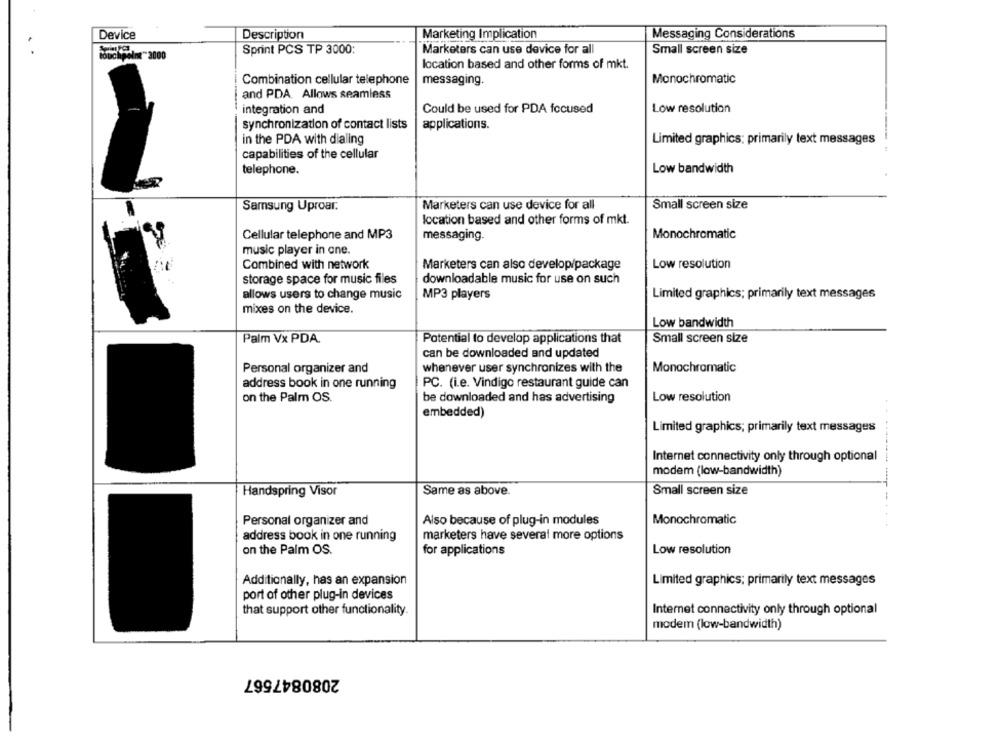
Device
Description
Marketing Implication
Messaging Considerations
Sprint PCS TP 3000:
Marketers can use device for all
Small screen size
ochpoint" 3000
location based and other forms of mkt.
Combination cellular telephone
messaging.
Monochromatic
and PDA. Allows seamless
integration and
Could be used for PDA focused
Low resolution
synchronization of contact lists
applications.
in the PDA with dialing
Limited graphics: primarily text messages
capabilities of the cellular
telephone.
Low bandwidth
Samsung Uproar.
Marketers can use device for all
Small screen size
location based and other forms of mkt.
Cellular telephone and MP3
messaging.
Monochromatic
music player in ane.
Combined with network
Marketers can also develop/package
Low resolution
storage space for music files
downloadable music for use on such
allows users to change music
MP3 players
Limited graphics; primarily text messages
mixes on the device.
Low bandwidth
Palm Vx PDA.
Potential to develop applications that
Small screen size
can be downloaded and updated
Personal organizer and
whenever user synchronizes with the
Monochromatic
address book in one running
PC. (i.e. Vindigo restaurant guide can
on the Palm OS.
be downloaded and has advertising
Low resolution
embedded)
Limited graphics; primarily text messages
Internet connectivity only through optional
modem (low-bandwidth)
Handspring Visor
Same as above.
Small screen size
Personal organizer and
Also because of plug-in modules
Monochromatic
address book in one running
marketers have several more options
on the Palm OS.
for applications
Low resolution
Additionally, has an expansion
Limited graphics; primarily text messages
port of other plug-in devices
that support other functionality.
Internet connectivity only through optional
modem (low-bandwidth)
2080847567